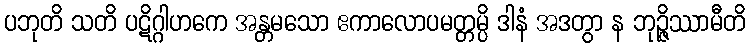
ပဘုတိ သတိ ပဋိဂ္ဂါဟကေ အန္တမသော ဧကာလောပမတ္တမ္ပိ ဒါနံ အဒတွာ န ဘုဉ္ဇိဿာမီတိ